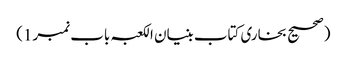
(صحیح بخاری کتاب بنیان الکعبہ باب نمبر1)